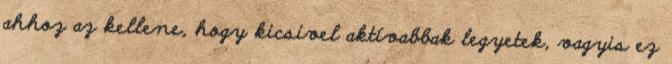
ahhoz az kellene, hogy kicsivel aktívabbak legyetek, vagyis ez